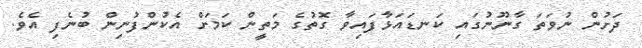
ދަށުން ނުވަތަ ގާނޫނުގައި ކަނޑައަޅާފައިވާ ގޮތުގެ މަތީން ކަމަށް އެކުންފުނިން ބުނެފި އެވެ.